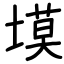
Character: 塻